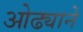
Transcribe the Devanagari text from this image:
ओढ्याने